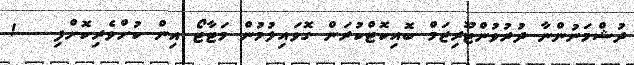
ދުޝްމަނުންނާ ދުރުވުންޓޫރިޒަމް ބޮއިކޮޓްކުރަން ގޮވައިލުމުން މަޓާޓޯ އިން ކުށްވެރިކޮށްފި   !